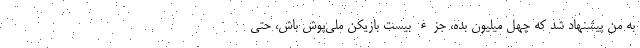
به من پيشنهاد شد كه چهل ميليون بده، جزء بيست بازيكن ملي‌پوش باش، حتي